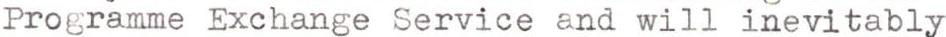
Programme Exchange Service and will inevitably